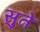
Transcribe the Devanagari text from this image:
सुते